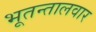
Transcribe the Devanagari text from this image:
भूतन्तालवार